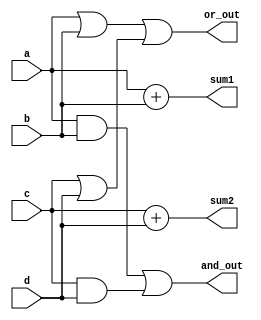
module overlapping_groups (
    input wire [3:0] a,      // Input from Group 1
    input wire [3:0] b,      // Input from Group 1
    input wire [3:0] c,      // Input from Group 2
    input wire [3:0] d,      // Input from Group 2
    output wire [4:0] sum1,  // Sum from Group 1
    output wire [4:0] sum2,  // Sum from Group 2
    output wire [3:0] and_out, // AND output from both groups
    output wire [3:0] or_out    // OR output from both groups
);

    // Group 1: Addition and logical operations
    wire [4:0] temp_sum1;
    wire [3:0] temp_and1, temp_or1;

    assign temp_sum1 = a + b;      // Sum calculation in Group 1
    assign temp_and1 = a & b;       // AND operation in Group 1
    assign temp_or1 = a | b;        // OR operation in Group 1

    // Group 2: Addition using overlapping inputs
    wire [4:0] temp_sum2;
    wire [3:0] temp_and2, temp_or2;

    assign temp_sum2 = c + d;      // Sum calculation in Group 2
    assign temp_and2 = c & d;       // AND operation in Group 2
    assign temp_or2 = c | d;        // OR operation in Group 2

    // Final outputs combining results from both groups
    assign sum1 = temp_sum1;        // Output from Group 1
    assign sum2 = temp_sum2;        // Output from Group 2
    assign and_out = temp_and1 | temp_and2; // Combining AND outputs
    assign or_out = temp_or1 | temp_or2;   // Combining OR outputs

endmodule